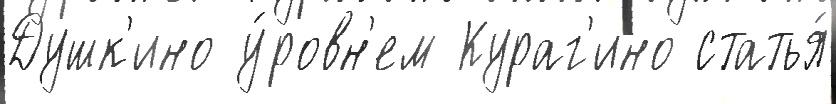
Душк'ино у́ровн'ем Кураг'ино статья́